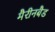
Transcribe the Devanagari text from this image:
मैरीनबैड